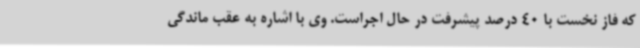
که فاز نخست با 40 درصد پیشرفت در حال اجراست. وی با اشاره به عقب ماندگی